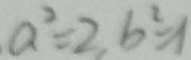
a ^ { 2 } = 2 , b ^ { 2 } = 1